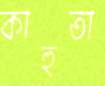
কাহুতা